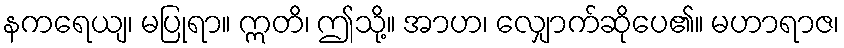
နကရေယျ၊ မပြုရာ။ ဣတိ၊ ဤသို့။ အာဟ၊ လျှောက်ဆိုပေ၏။ မဟာရာဇ၊